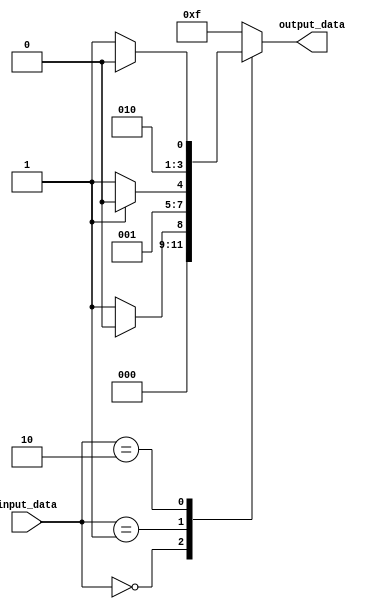
module case_if_else_statement (
  input [2:0] input_data,
  output reg [3:0] output_data
);

always @* begin
  case(input_data)
    3'b000: begin
      if (condition1) begin
        output_data <= 4'b0000;
      end
      else begin
        output_data <= 4'b0001;
      end
    end
    3'b001: begin
      if (condition2) begin
        output_data <= 4'b0010;
      end
      else begin
        output_data <= 4'b0011;
      end
    end
    3'b010: begin
      if (condition3) begin
        output_data <= 4'b0100;
      end
      else begin
        output_data <= 4'b0101;
      end
    end
    default: begin
      output_data <= 4'b1111;
    end
  endcase
end

endmodule